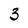
Character: 3